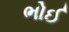
ભોઈ